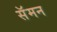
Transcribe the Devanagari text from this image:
सॅमन